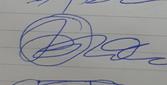
Signature authenticity: genuine